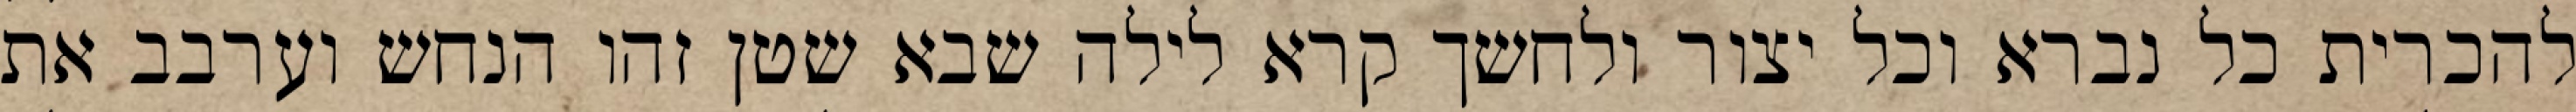
להכרית כל נברא וכל יצור ולחשך קרא לילה שבא שטן זהו הנחש וערבב את